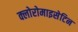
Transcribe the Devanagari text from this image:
क्लोरोमाइसेटिन